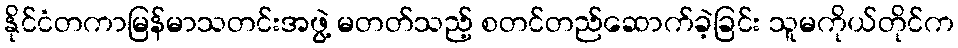
နိုင်ငံတကာမြန်မာသတင်းအဖွဲ့ မတတ်သည့် စတင်တည်ဆောက်ခဲ့ခြင်း သူမကိုယ်တိုင်က